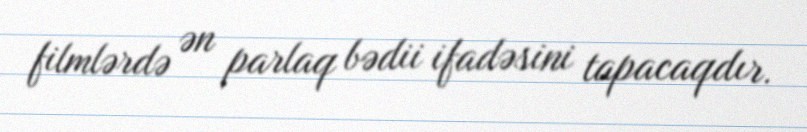
filmlərdə ən parlaq bədii ifadəsini tapacaqdır.